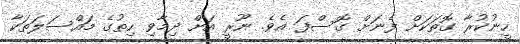
ހީނުކުރާ ގޮތަކަށް ފެނަށް ގޮސްފަ އެވެ. ނޫރީ އަށް ދިމާވި ހިތުގެ މައްސަލަތަކާ